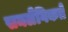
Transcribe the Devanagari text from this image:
समलैंगिकते